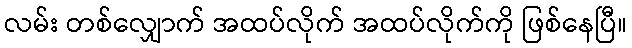
လမ်း တစ်လျှောက် အထပ်လိုက် အထပ်လိုက်ကို ဖြစ်နေပြီ။